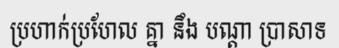
ប្រហាក់ប្រហែល គ្នា នឹង បណ្តា ប្រាសាទ